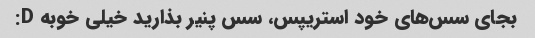
بجای سس‌های خود استریپس، سس پنیر بذارید خیلی خوبه D: